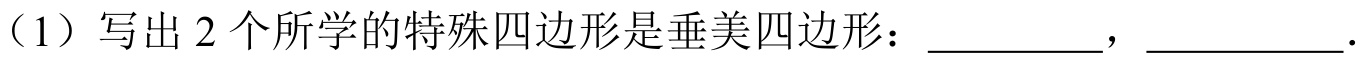
（1）写出\(2\)个所学的特殊四边形是垂美四边形：__________，__________.